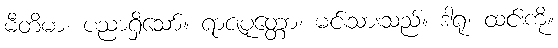
မီတိမာ၊ ပညာရှိသော်။ ရာဇပုတ္တော၊ မင်းသားသည်။ ဒါရုံ၊ ထင်းကို။